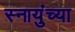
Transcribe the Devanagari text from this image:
स्नायुंच्या